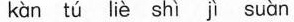
kàn tú liè shì jì suàn